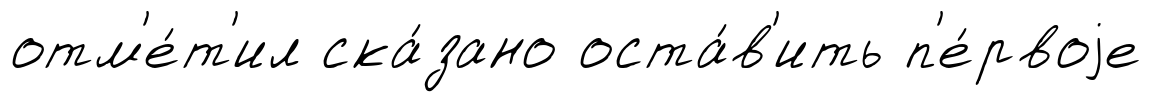
отм'е́т'ил ска́зано оста́в'ить п'е́рвоjе